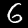
Digit: 6